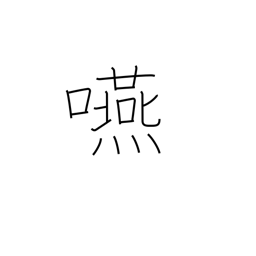
Meaning: swallow